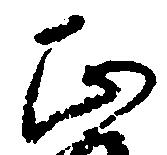
正